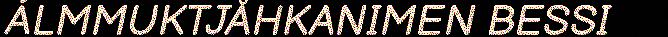
ÁLMMUKTJÅHKANIMEN BESSI